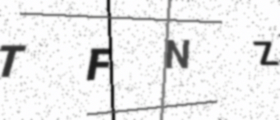
Text: TFNZ